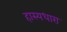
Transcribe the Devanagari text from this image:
हास्यधारा